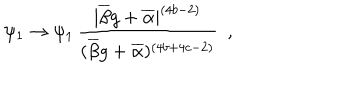
\psi _ { 1 } \rightarrow \psi _ { 1 } \, \frac { | \overline { { { \beta } } } g + \overline { { { \alpha } } } | ^ { ( 4 b - 2 ) } } { ( \overline { { { \beta } } } g + \overline { { { \alpha } } } ) ^ { ( 4 b + 4 c - 2 ) } } ~ ~ ,